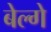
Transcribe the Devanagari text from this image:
बेल्गे